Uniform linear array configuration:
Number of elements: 4
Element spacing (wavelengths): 0.75
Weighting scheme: binomial
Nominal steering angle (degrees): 45
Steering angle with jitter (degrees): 45.238
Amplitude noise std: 0.05
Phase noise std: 0.05

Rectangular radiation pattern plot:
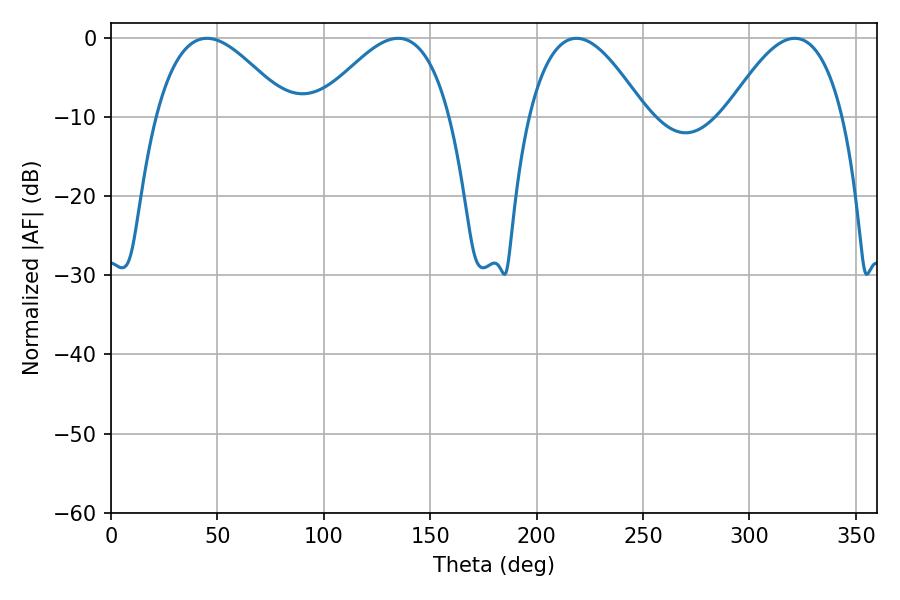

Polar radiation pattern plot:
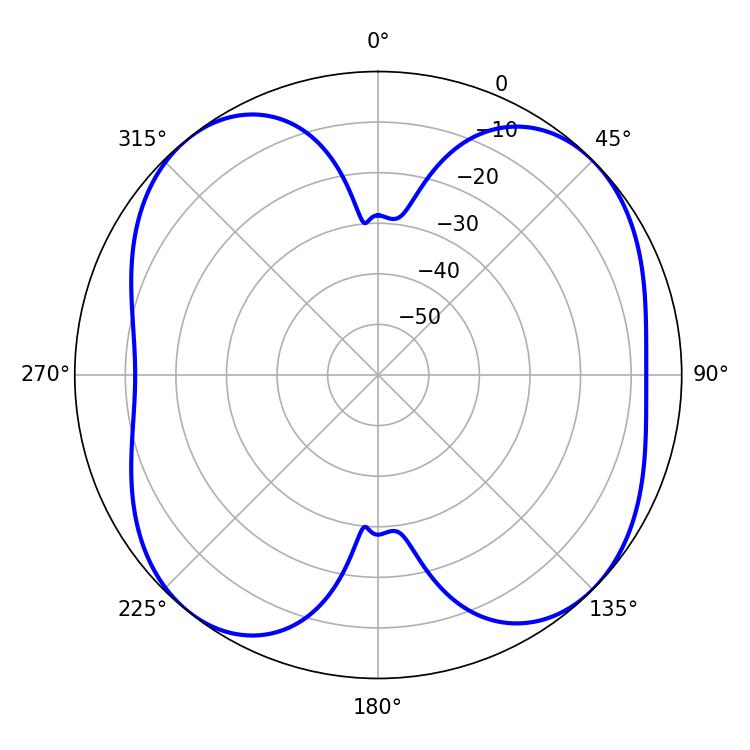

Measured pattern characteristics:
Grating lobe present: TRUE
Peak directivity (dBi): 9.672
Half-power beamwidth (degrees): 30.06
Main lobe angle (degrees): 218.7